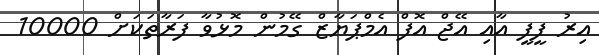
އިރު ފީފީ އާއި އޭޖް އޮފް އެމްޕަޔާޒް ގޭމުން މޮޅުވާ ފަރާތަކަށް 10000